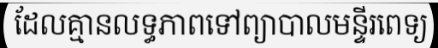
ដែលគ្មានលទ្ធភាពទៅព្យាបាលមន្ទីរពេទ្យ